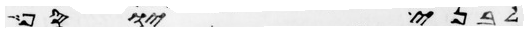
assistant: לבני יוסף